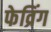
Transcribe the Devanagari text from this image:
फेव्रिंग